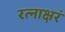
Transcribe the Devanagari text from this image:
रत्‍नाक्षरं